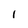
Character: l